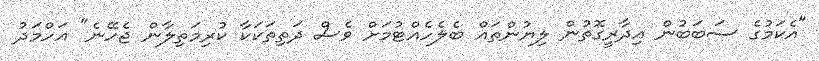
"އެކަމުގެ ސަބަބުން އިދާރީގޮތުން ލިޔުންތައް ބެލެހެއްޓުމަށް ވެސް ދަތިތަކަކާ ކުރިމަތިލާން ޖެހޭނެ" އަހްމަދު